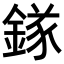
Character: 𨪂